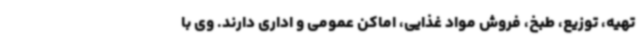
تهیه، توزیع، طبخ، فروش مواد غذایی، اماکن عمومی و اداری دارند. وی با